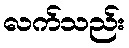
လက်သည်း